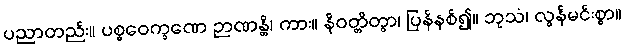
ပညာတည်း။ ပစ္စဝေက္ခဏေ ဉာဏန္တိ၊ ကား။ နိဝတ္တိတွာ၊ ပြန်နစ်၍။ ဘုသံ၊ လွန်မင်းစွာ။